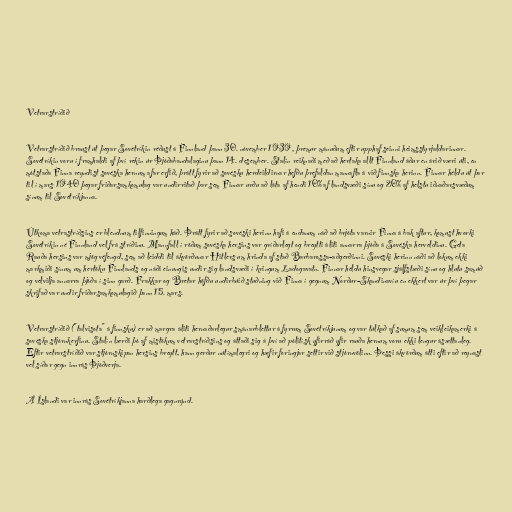
Vetrarstríðið

Vetrarstríðið braust út þegar Sovétríkin réðust á Finnland þann 30. nóvember 1939, þremur mánuðum eftir upphaf seinni heimsstyrjaldarinnar.
Sovétríkin voru í framhaldi af því rekin úr Þjóðabandalaginu þann 14. desember. Stalín reiknaði með að hertaka allt Finnland áður en árið væri úti, en
mótstaða Finna reyndist sovéska hernum afar erfið, þrátt fyrir að sovésku herdeildirnar hefðu þrefaldan mannafla á við finnska herinn. Finnar héldu út þar
til í mars 1940 þegar friðarsamkomulag var undirritað þar sem Finnar urðu að láta af hendi 10% af landsvæði sínu og 20% af helstu iðnaðarsvæðum
sínum til Sovétríkjanna.

Útkoma vetrastríðsins er blendnum tilfinningum háð. Þrátt fyrir að sovéski herinn hafi á endanum náð að brjóta varnir Finna á bak aftur, komust hvorki
Sovétríkin né Finnland vel frá stríðinu. Mannfall í röðum sovéska hersins var gríðarlegt og breytti áliti annarra þjóða á Sovéska herveldinu. Geta
Rauða hersins var mjög véfengd, sem að leiddi til ákvörðunar Hitlers um hrinda af stað Barbarossa-aðgerðinni. Sovéski herinn náði að lokum ekki
markmiði sínum um hertöku Finnlands og náði einungis undir sig landsvæði í kringum Ladogavatn. Finnar héldu hinsvegar sjálfstæði sínu og hlutu samúð
og velvilja annarra þjóða í sinn garð. Frakkar og Bretar höfðu undirbúið stuðning við Finna í gegnum Norður-Skandinavíu en ekkert var úr því þegar
skrifað var undir friðarsamkomulagið þann 15. mars.

Vetrarstríðið ("talvisota" á finnsku) er að margra áliti hernaðarlegur smánarblettur á fyrrum Sovétríkjunum og var túlkað af sumum sem veikleikamerki á
sovéska stjórnkerfinu. Stalín lærði þó af mistökum vetrarstríðsins og áttaði sig á því að pólitísk yfirráð yfir rauða hernum voru ekki lengur ásættanleg.
Eftir vetrarstríðið var stjórnskipan hersins breytt, hann gerður nútímalegri og hæfir foringjar settir við stjórnvölinn. Þessi ákvörðum átti eftir að reynast
vel síðar gegn innrás Þjóðverja.

Á Íslandi var innrás Sovétríkjanna harðlega gagnrýnd.